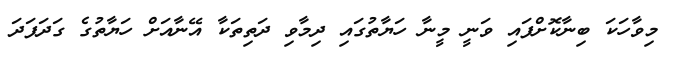
މިވާހަކަ ބިނާކޮށްފައި ވަނީ މީނާ ހަޔާތުގައި ދިމާވި ދަތިތަކާ އޭނާއަށް ހަޔާތުގެ ގަދަފަދަ